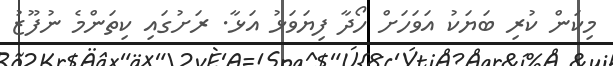
މިކަން ކުރި ބަޔަކު އަވަހަށް ހޯދާ ފިޔަވަޅު އަޅާ. ރަށުގައި ކިތަންމެ ނުފޫޒު